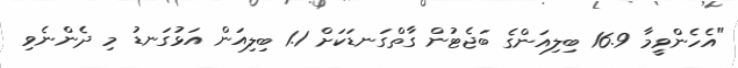
"އެހެންވީމާ 16.9 ބިލިއަންގެ ބަޖެޓުން ގާތްގަނޑަކަށް 1.1 ބިލިއަން އަޅުގަނޑު މި ދެންނެވި